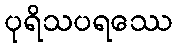
ပုရိသပရဿေ